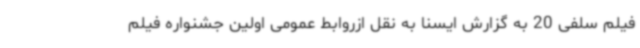
فیلم سلفی 20 به گزارش ایسنا به نقل ازروابط عمومی اولین جشنواره فیلم